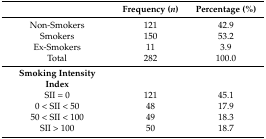
|  | Frequency (n) | Percentage (%) |
 | --- | --- | --- |
 | Non-Smokers | 121 | 42.9 |
 | Smokers | 150 | 53.2 |
 | Ex-Smokers | 11 | 3.9 |
 | Total | 282 | 100.0 |
 | Smoking Intensity Index | <COLSPAN=2>  |
 | SII = 0 | 121 | 45.1 |
 | 0 < SII < 50 | 48 | 17.9 |
 | 50 < SII < 100 | 49 | 18.3 |
 | SII > 100 | 50 | 18.7 |